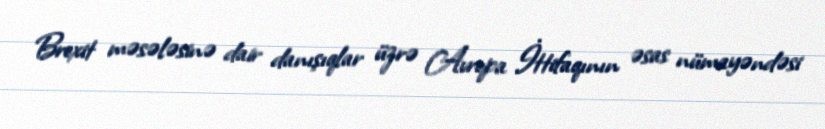
Brexit məsələsinə dair danışıqlar üzrə Avropa İttifaqının əsas nümayəndəsi